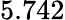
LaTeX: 5.742